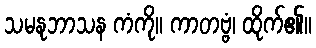
သမနုဘာသန ကံကို။ ကာတဗ္ဗံ၊ ထိုက်၏။